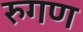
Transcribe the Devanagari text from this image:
रुगण